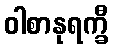
ဝါစာနုရက္ခီ